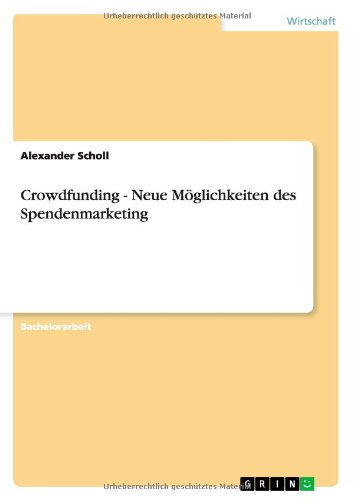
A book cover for Crowdfunding - Neue Moglichkeiten Des Spendenmarketing (German Edition); Alexander Scholl; Business & Money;